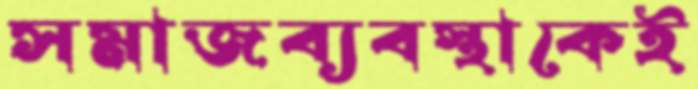
সমাজব্যবস্থাকেই